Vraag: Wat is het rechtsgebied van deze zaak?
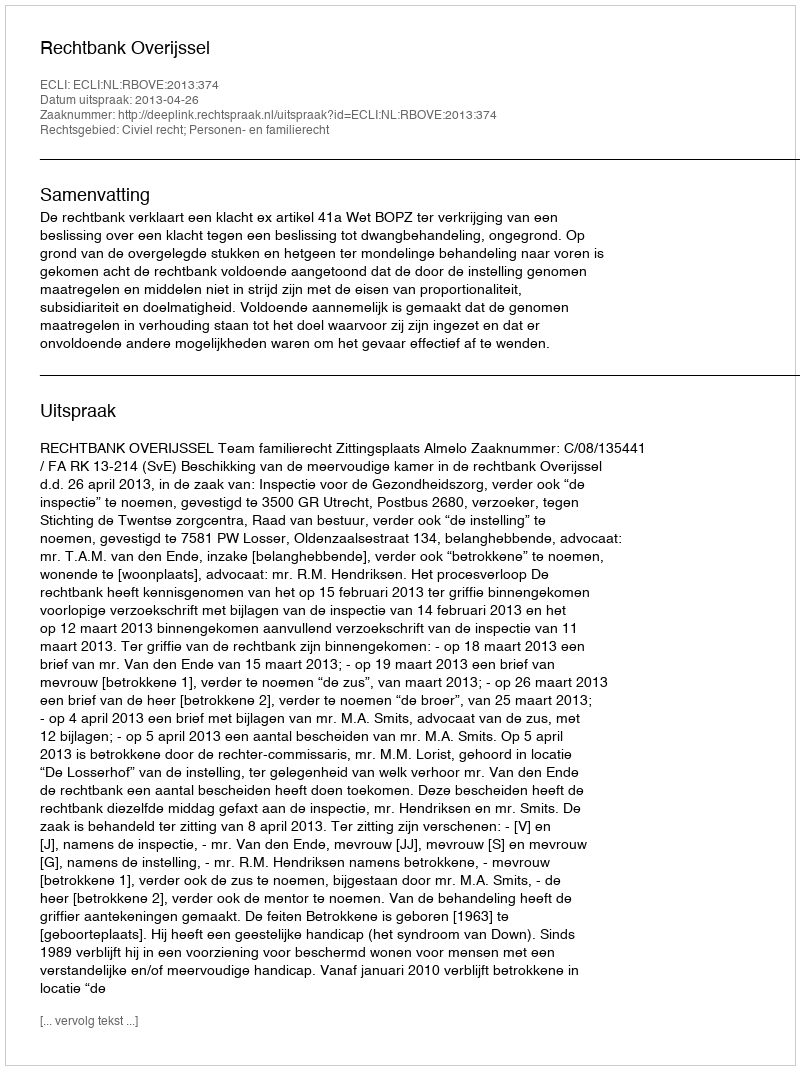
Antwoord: Civiel recht; Personen- en familierecht